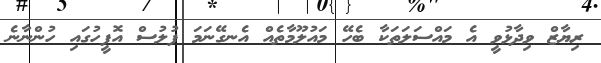
ރިޔާޒް ވިދާޅުވީ އެ މައްސަލަތަކާ ބެހޭ މައުލޫމާތެއް އެނގޭނަމަ ފުލުސް އޮފީހުގައި ހުންނާނެ